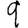
Digit: 9